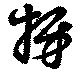
枒